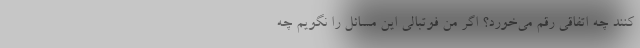
کنند چه اتفاقی رقم می‌خورد؟ اگر منِ فوتبالی این مسائل را نگویم چه